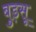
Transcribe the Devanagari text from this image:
बुड़सू